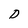
Character: D